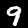
Label: 9